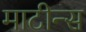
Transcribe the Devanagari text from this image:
माटीन्स